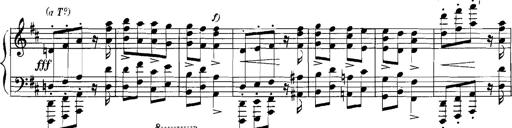
Title: Rhapsodies hongroises
Composer: Franz Liszt